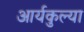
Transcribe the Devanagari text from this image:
आर्यकुल्या